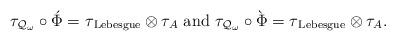
LaTeX: \begin{align*}\tau_{\mathcal{Q}_{\omega}} \circ \acute{\Phi} = \tau_{\mathrm{\, Lebesgue}}\otimes \tau_{A}\mbox{ and }\tau_{\mathcal{Q}_{\omega}} \circ \grave{\Phi} = \tau_{\mathrm{\, Lebesgue}}\otimes \tau_{A}.\end{align*}